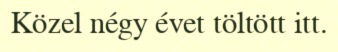
Közel négy évet töltött itt.